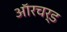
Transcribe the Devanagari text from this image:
ऑरचर्ड